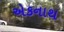
એકનાથ